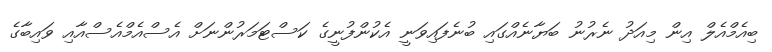
ބިއެމްއެލް އިން މިއަދު ނެރުނު ބަޔާނެއްގައި ބުނެފައިވަނީ އެކުންފުނީގެ ކަސްޓަމަރުންނަށް އެސްއެމްއެސްއާއި ވައިބާގެ